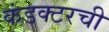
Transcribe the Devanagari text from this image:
कंडक्टरची